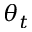
\theta _ { t }